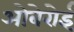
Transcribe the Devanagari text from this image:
ओबेरोई